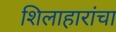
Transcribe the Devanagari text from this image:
शिलाहारांचा